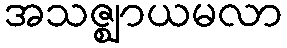
အသဇ္ဈာယမလာ